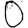
Digit: 0